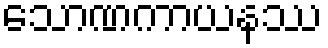
သောဏကာယနဿ